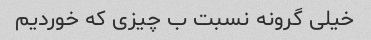
خیلی گرونه نسبت ب چیزی که خوردیم